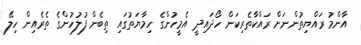
އާންމު ރައްޔިތުންނަށް ރައްކާތެރިކަން ހޯދައިދީ އެމީހުންގެ ހިމާޔަތުގައި ތިބެން ފުލުހުންގެ ތެރެއިން ހިލޭ